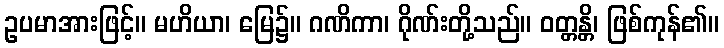
ဥပမာအားဖြင့်။ မဟိယာ၊ မြေ၌။ ဂဏိကာ၊ ဂိုဏ်းတို့သည်။ ဝတ္တန္တိ၊ ဖြစ်ကုန်၏။